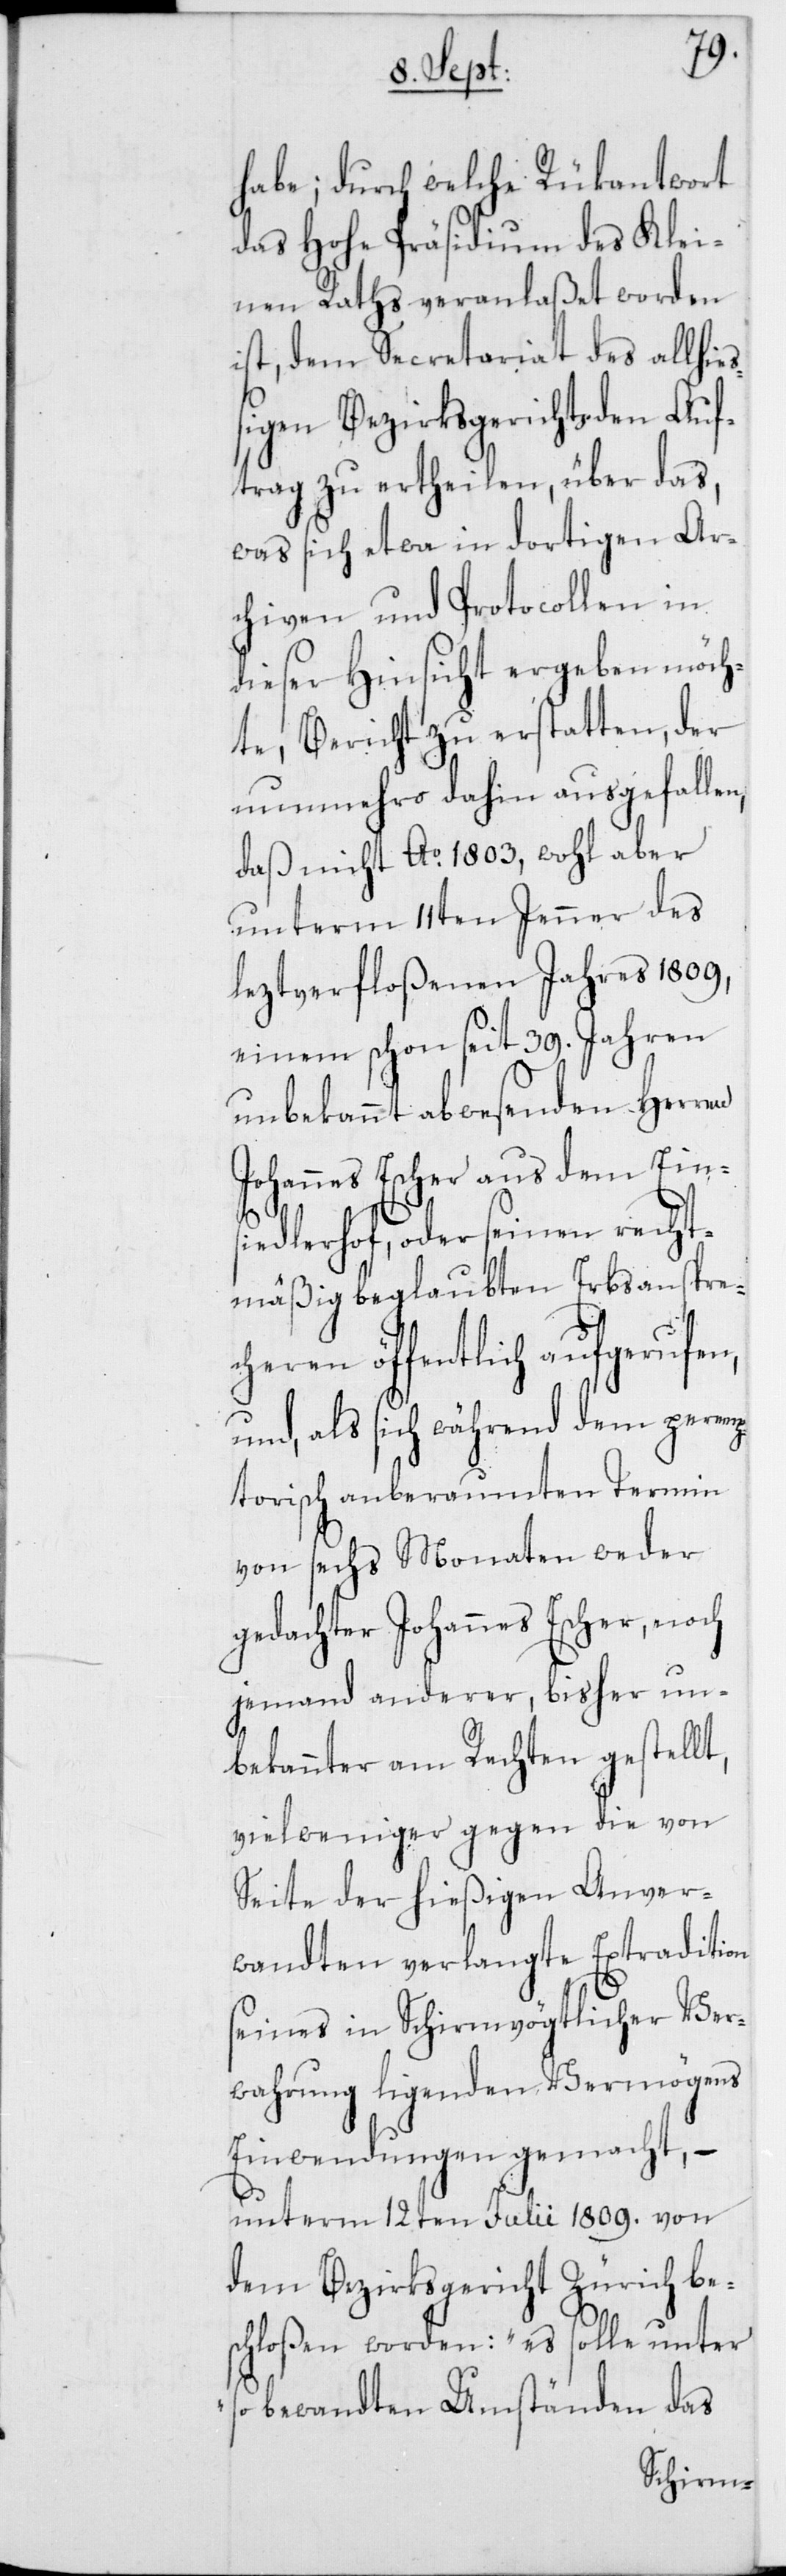
J¬
habe; durch welche Rükantwort
das Hohe Präsidium des Klei¬
nen Raths veranlaßet worden
ist, dem Secretariat des allhie¬
ßigen Bezirksgerichts den Auf¬
trag zu ertheilen, über das,
was sich etwa in dortigen Ar¬
chiven und Protocollen in
dieser Hinsicht ergeben möch¬
te, Bericht zu erstatten, der
nunmehro dahin ausgefallen,
daß nicht Ao 1803, wohl aber
unterm 11ten Jenner des
leztverfloßenen Jahres 1809,
einem schon seit 39. Jahren
unbekannt abwesenden Herren
ohannes Escher aus dem Eins¬
iedlerhof, oder seinen recht¬
mäßig beglaubten Erbsansprec¬
heren öffentlich aufgerufen,
und, als sich während dem pere¬
mptorisch anberaumten Termin
von sechs Monaten weder
gedachter Johannes Escher, noch
jemand anderer, bisher un¬
bekannter am Rechten gestellt,
viel weniger gegen die von
Seite der hießigen Anver¬
wandten verlangte Extradition
seines in Schirmvögtlicher Ver¬
wahrung liegenden Vermögens
Einwendungen gemacht, –
unterm 12ten Julii 1809. von
dem Bezirksgericht Zürich be¬
schloßen worden: „es solle unter
so bewandten Umständen das